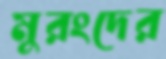
মুরংদের